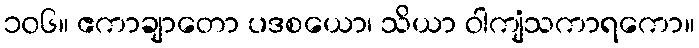
၁၀၆။ ဧကာချာတော ပဒစယော၊ သိယာ ဝါကျံသကာရကော။